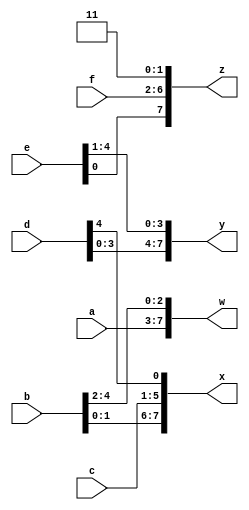
// This program was cloned from: https://github.com/Yvan-xy/verilog-doc
// License: GNU General Public License v2.0

module top_module (
    input [4:0] a, b, c, d, e, f,
    output [7:0] w, x, y, z );//

    // assign { ... } = { ... };
    assign {w[7:0],x[7:0],y[7:0],z[7:0]} = {a[4:0],b[4:0],c[4:0],d[4:0],e[4:0],f[4:0],2'b11};
endmodule